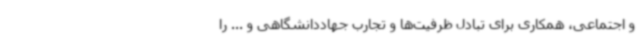
و اجتماعی، همکاری برای تبادل ظرفیت‌ها و تجارب جهاددانشگاهی و ... را